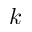
\ensuremath \boldsymbol { k }